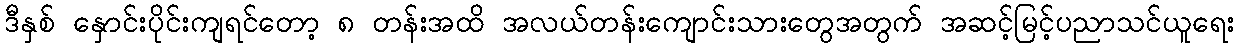
ဒီနှစ် နှောင်းပိုင်းကျရင်တော့ ၈ တန်းအထိ အလယ်တန်းကျောင်းသားတွေအတွက် အဆင့်မြင့်ပညာသင်ယူရေး